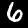
Label: 6